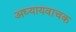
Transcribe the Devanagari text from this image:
अध्यायवाचक